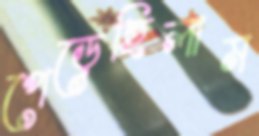
পেড়েছিলাম